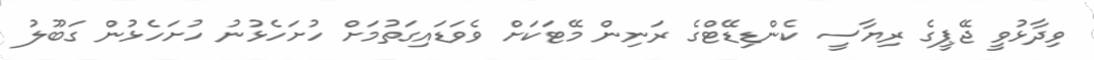
ވިދާޅުވީ ޖޭޕީގެ ރިޔާސީ ކެންޑިޑޭޓްގެ ރަނިން މޭޓަކަށް ވެވަޑައިގަތުމަށް ހުށަހެޅުނު ހުށަހެޅުން ގަބޫލު